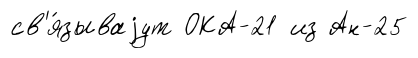
св'я́зываjут ОКА-21 из Ан-25